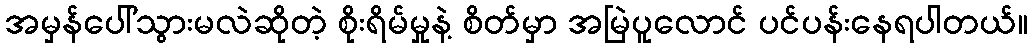
အမှန်ပေါ်သွားမလဲဆိုတဲ့ စိုးရိမ်မှုနဲ့ စိတ်မှာ အမြဲပူလောင် ပင်ပန်းနေရပါတယ်။